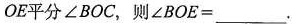
OE平分∠BOC，则$$∠ B O E =$$___ .